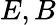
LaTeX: E,B